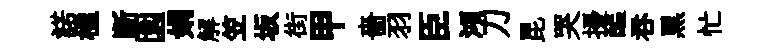
諾楹断園娟解笠坂街甲嗇羽臣澒刀昆哭擾醖吞黒忙